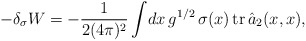
\begin{align*}-\delta_\sigma W=-\frac1{2(4\pi)^2}\int\! dx\, g^{1/2}\,\sigma(x)\,{\rm tr}\,\hat{a}_2(x,x),\end{align*}